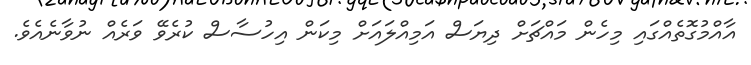
އާއްމުގޮތެއްގައި މިހެން މައްޗަށް ދިޔަސް އަމިއްލައަށް މިކަން އިހުސާސް ކުރެވޭ ވަރެއް ނުވާނެއެވެ.